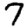
Digit: 7